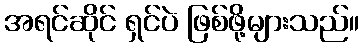
အရင်ဆိုင် ရှင်ပဲ ဖြစ်ဖို့များသည်။